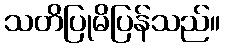
သတိပြုမိပြန်သည်။